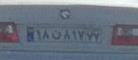
۱۸ن۸۱۷۷۷